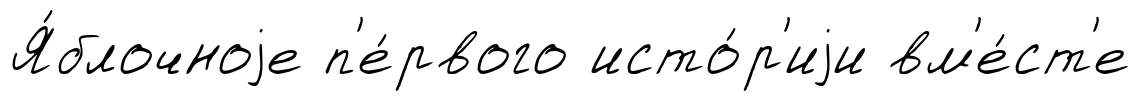
Я́блочноjе п'е́рвого исто́р'иjи вм'е́ст'е